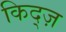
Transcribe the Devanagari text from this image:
किद्ज़